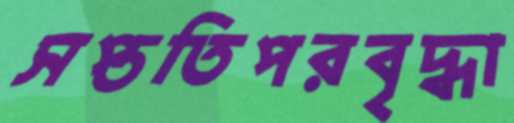
সপ্ততিপরবৃদ্ধা